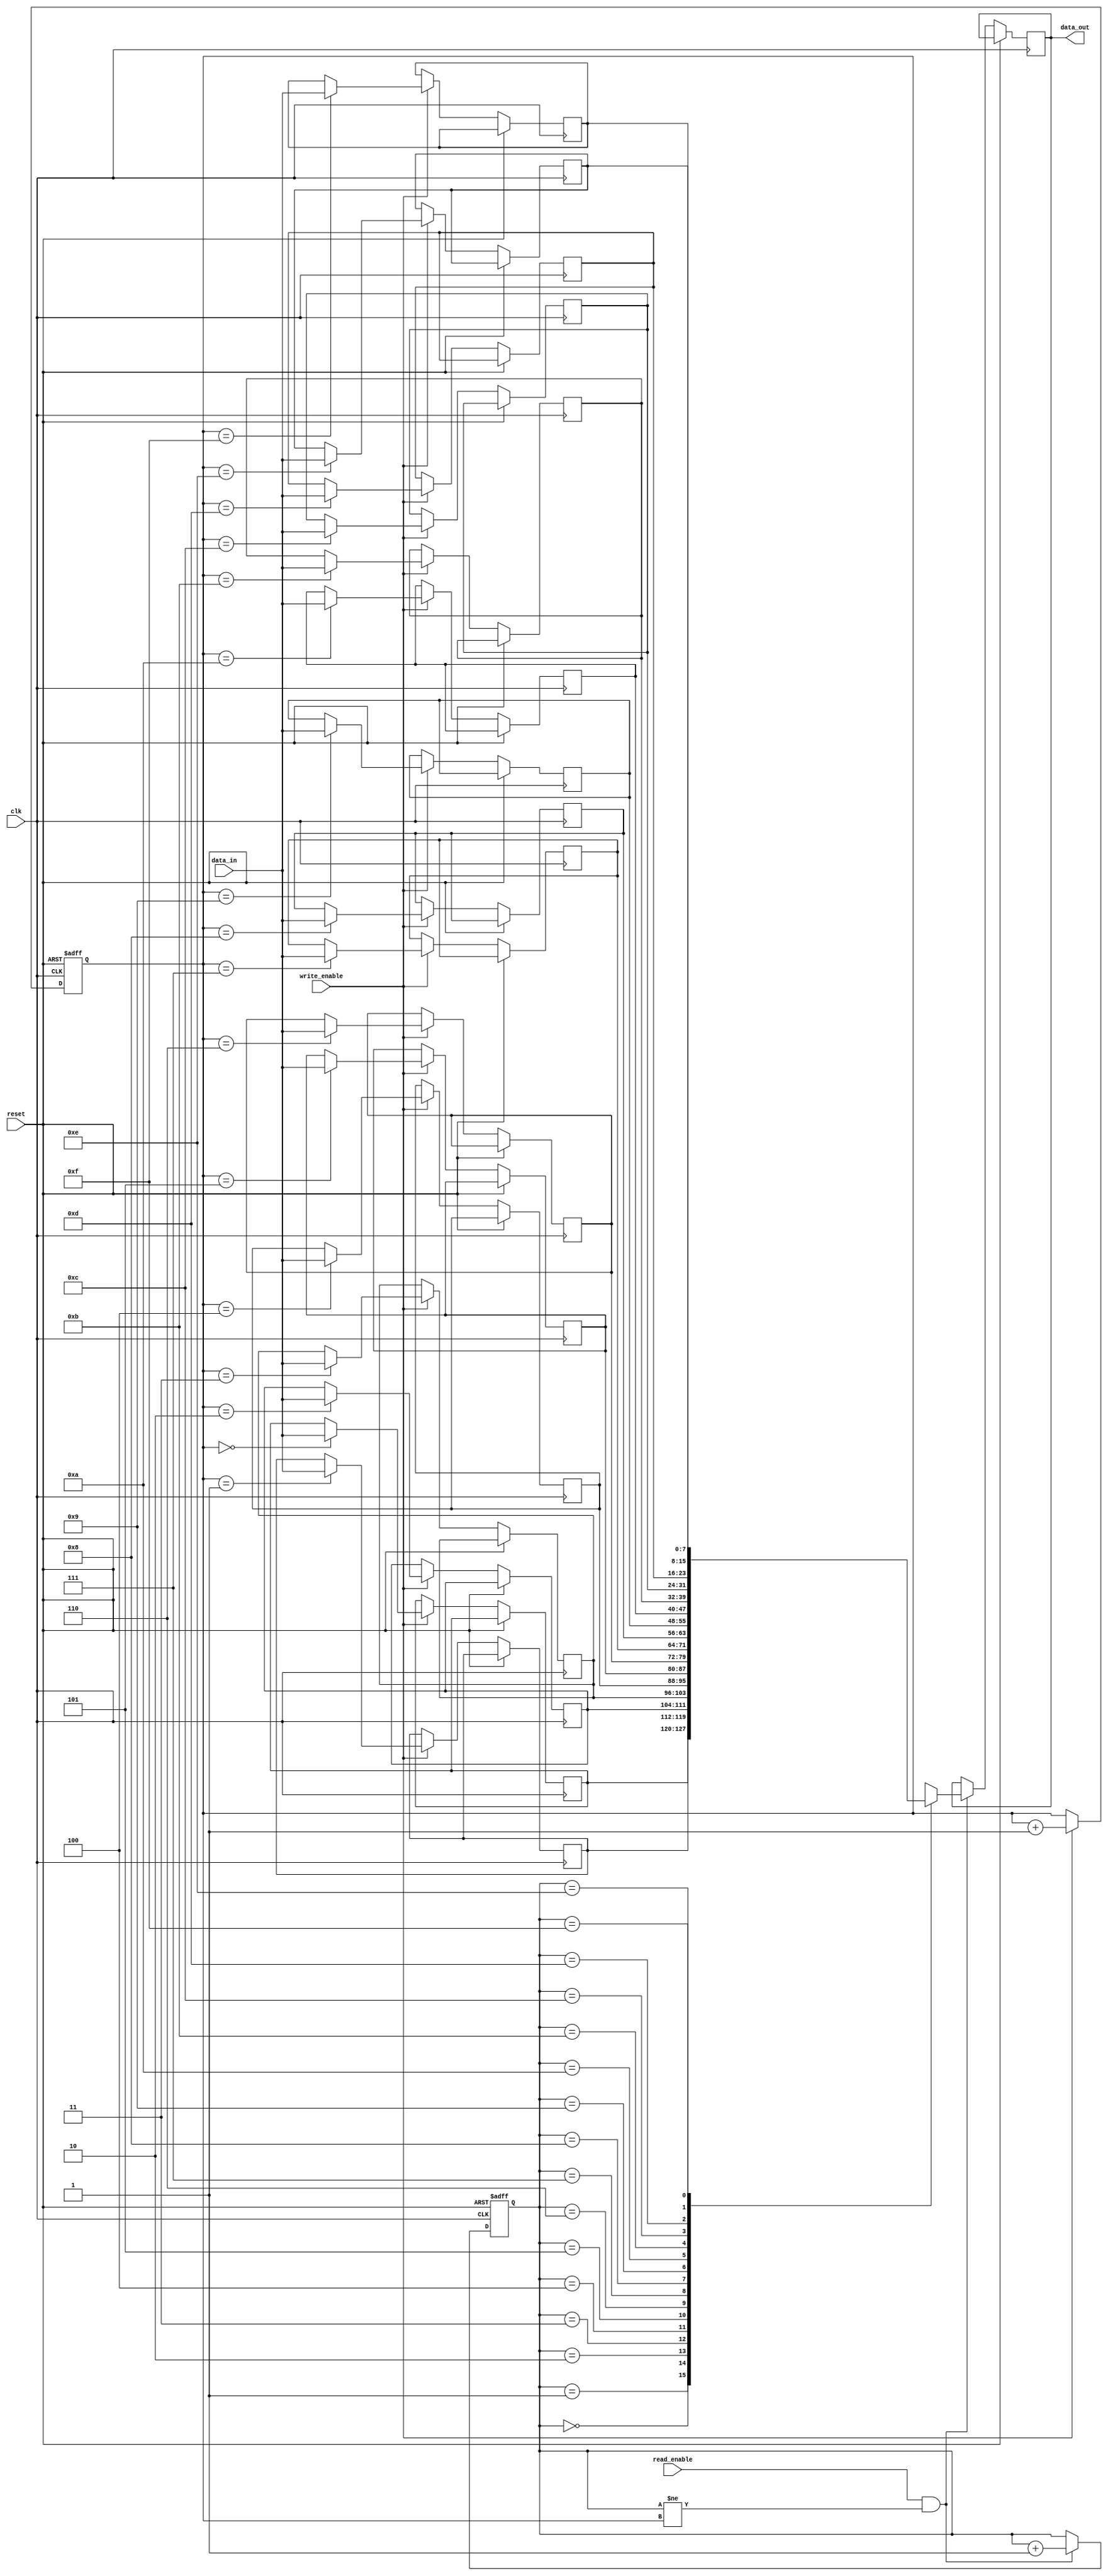
module async_fifo (
    input wire clk,
    input wire reset,
    input wire write_enable,
    input wire read_enable,
    input wire [7:0] data_in,
    output reg [7:0] data_out
);

parameter DEPTH = 16; // Depth of the FIFO

reg [7:0] memory [0:DEPTH-1];
reg [3:0] write_pointer = 0;
reg [3:0] read_pointer = 0;

always @(posedge clk or posedge reset) begin
    if (reset) begin
        write_pointer <= 0;
        read_pointer <= 0;
    end else begin
        if (write_enable) begin
            memory[write_pointer] <= data_in;
            write_pointer <= write_pointer + 1;
        end
        
        if (read_enable && (read_pointer != write_pointer)) begin
            data_out <= memory[read_pointer];
            read_pointer <= read_pointer + 1;
        end
    end
end

endmodule